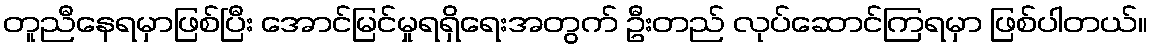
တူညီနေရမှာဖြစ်ပြီး အောင်မြင်မှုရရှိရေးအတွက် ဦးတည် လုပ်ဆောင်ကြရမှာ ဖြစ်ပါတယ်။